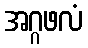
အဂ္ဂဖလံ